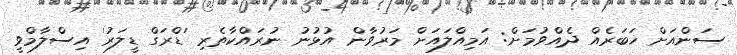
ސަންއަށް ޚަބަރެއް ދެއްވުމަށް: އަމިއްލައަށް މަރުވާން އުޅުނު ނުރައްކާތެރި 'ޑްރަގް ޑީލަރު' އިސްލާމްވީ